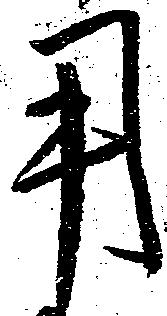
用